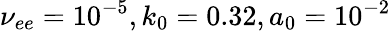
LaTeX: \nu_{ee}=10^{-5},k_{0}=0.32,a_{0}=10^{-2}